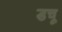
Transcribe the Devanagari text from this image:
डचू